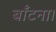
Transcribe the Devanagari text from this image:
बाँटना।